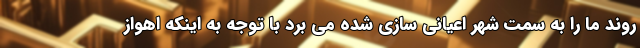
روند ما را به سمت شهر اعیانی سازی شده می برد با توجه به اینکه اهواز